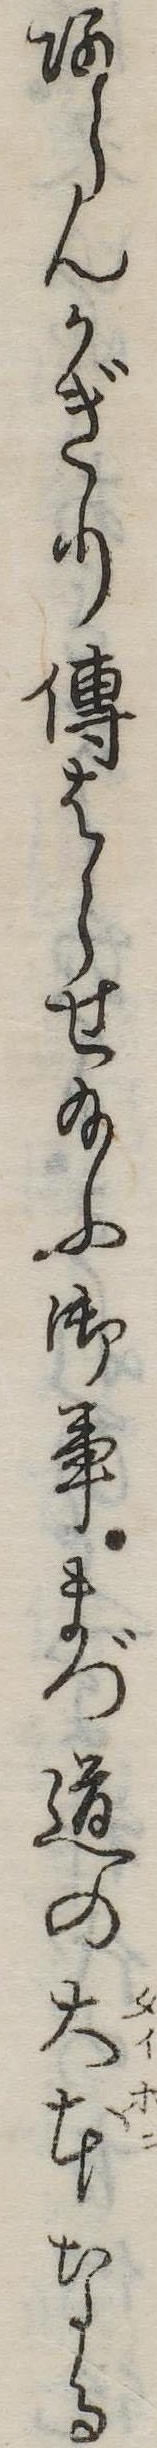
あらんかぎり伝はらせ給ふ御事まづ道の大本なる